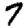
Digit: 7